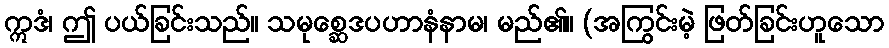
ဣဒံ၊ ဤ ပယ်ခြင်းသည်။ သမုစ္ဆေဒပဟာနံနာမ၊ မည်၏။ (အကြွင်းမဲ့ ဖြတ်ခြင်းဟူသော